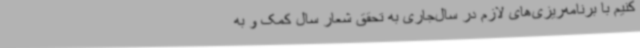
کنیم با برنامه‌ریزی‌های لازم در سال‌جاری به تحقق شعار سال کمک و به